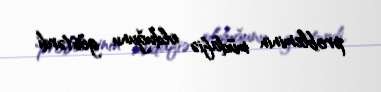
probleminin müdafiə olduğunu göstərdi.